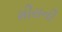
મીરાની